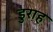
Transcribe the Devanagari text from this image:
डुराह